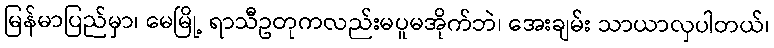
မြန်မာပြည်မှာ၊ မေမြို့ ရာသီဥတုကလည်းမပူမအိုက်ဘဲ၊ အေးချမ်း သာယာလှပါတယ်၊